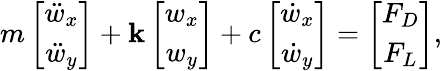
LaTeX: m\left[\begin{array}{c}{\ddot{w}_{x}}\\ {\ddot{w}_{y}}\end{array}\right]+\mathbf{k}\left[\begin{array}{c}{w_{x}}\\ {w_{y}}\end{array}\right]+c\left[\begin{array}{c}{\dot{w}_{x}}\\ {\dot{w}_{y}}\end{array}\right]=\left[\begin{array}{c}{F_{D}}\\ {F_{L}}\end{array}\right],